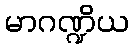
မာဂဏ္ဍိယ